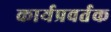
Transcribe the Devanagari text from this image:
कार्यप्रवर्तक